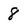
Character: 8